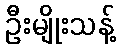
ဦးမျိုးသန့်